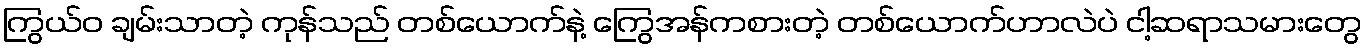
ကြွယ်ဝ ချမ်းသာတဲ့ ကုန်သည် တစ်ယောက်နဲ့ ကြွေအန်ကစားတဲ့ တစ်ယောက်ဟာလဲပဲ ငါ့ဆရာသမားတွေ